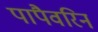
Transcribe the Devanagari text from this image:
पापैवरिन